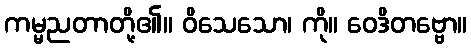
ကမ္မညတာတို့၏။ ဝိသေသော၊ ကို။ ဝေဒိတဗ္ဗော။